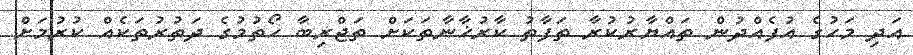
އަދި މަހުގެ އުފެއްދުން ތައްޔާރުކުރާ ތަފާތު ކާރުޚާނާތަކަށް ތަޖްރިބާ ހޯތުމުގެ ދަތުރުތަކެއް ކުރުމަށް